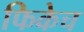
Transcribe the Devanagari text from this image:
फिकेच